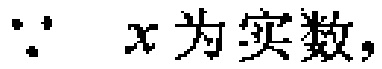
$\because\ x\text{ 为实数},$